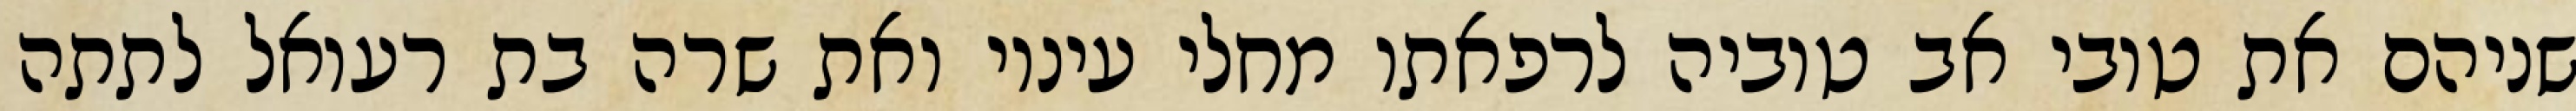
שניהם את טובי אב טוביה לרפאתו מחלי עיניו ואת שרה בת רעואל לתתה